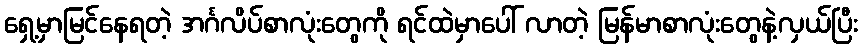
ရှေ့မှာမြင်နေရတဲ့ အင်္ဂလိပ်စာလုံးတွေကို ရင်ထဲမှာပေါ် လာတဲ့ မြန်မာစာလုံးတွေနဲ့လှယ်ပြီး